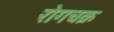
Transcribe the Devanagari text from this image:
रोगचक्र